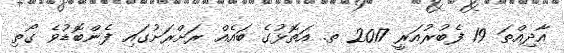
އާދިއްތަ 19 ފެބުރުއަރީ 2017 ތ. އަތޮޅުގެ ބައެއް ރަށްރަށުގައި ފެންބޮޑުވެ ގޯތި